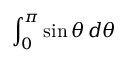
\int _ { 0 } ^ { \pi } \sin \theta \, d \theta